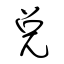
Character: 兌